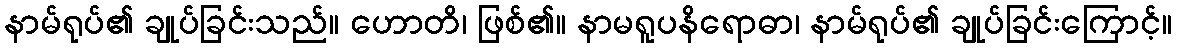
နာမ်ရုပ်၏ ချုပ်ခြင်းသည်။ ဟောတိ၊ ဖြစ်၏။ နာမရူပနိရောဓာ၊ နာမ်ရုပ်၏ ချုပ်ခြင်းကြောင့်။